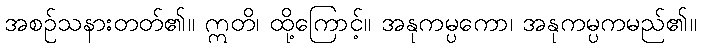
အစဉ်သနားတတ်၏။ ဣတိ၊ ထို့ကြောင့်။ အနုကမ္ပကော၊ အနုကမ္ပကမည်၏။